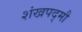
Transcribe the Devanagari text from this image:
शंखपद्मौ